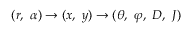
( r , \ \alpha ) \rightarrow ( x , \ y ) \rightarrow ( \theta , \ \varphi , \ D , \ J )